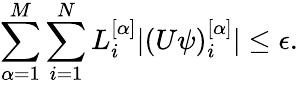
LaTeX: \sum_{\alpha=1}^{M}\sum_{i=1}^{N}L_{i}^{[\alpha]}|(U\psi)_{i}^{[\alpha]}|\leq\epsilon.